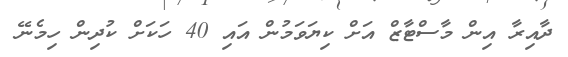
ދާއިރާ އިން މާސްޓާޒް އަށް ކިޔަވަމުން އައި 40 ހަކަށް ކުދިން ހިމެނޭ